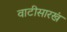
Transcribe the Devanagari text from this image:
वाटीसारखं